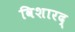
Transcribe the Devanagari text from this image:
विशारद्